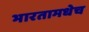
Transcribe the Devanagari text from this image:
भारतामधेच